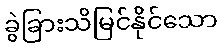
ခွဲခြားသိမြင်နိုင်သော